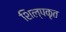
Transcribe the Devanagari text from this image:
शिल्पकृत